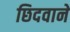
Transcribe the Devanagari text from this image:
छिदवाने